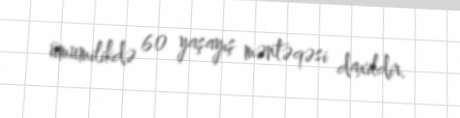
ümumilikdə 60 yaşayış məntəqəsi daxildir.